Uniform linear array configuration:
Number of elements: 8
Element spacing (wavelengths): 0.5
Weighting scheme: binomial
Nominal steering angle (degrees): -30
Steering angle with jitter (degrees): -29.039
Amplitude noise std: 0.05
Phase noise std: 0.05

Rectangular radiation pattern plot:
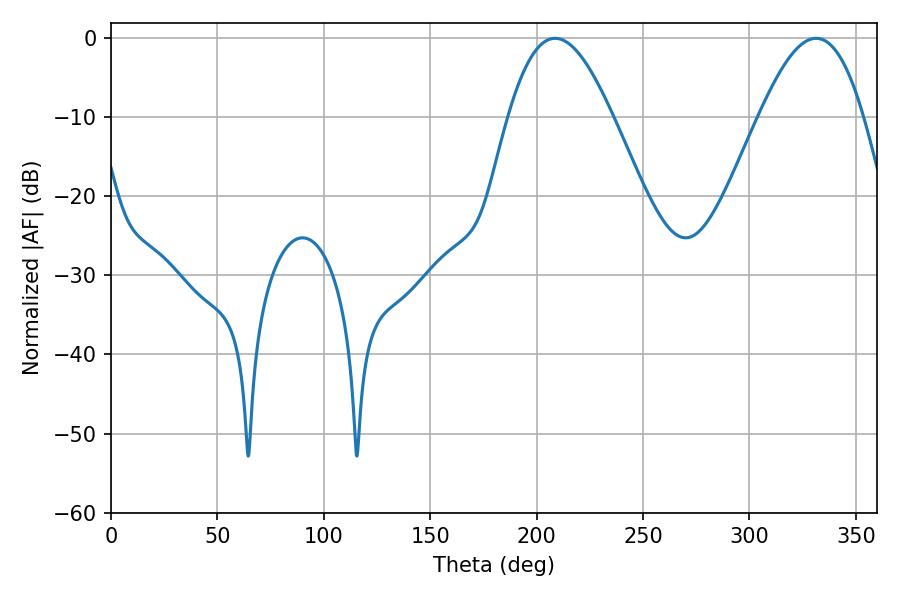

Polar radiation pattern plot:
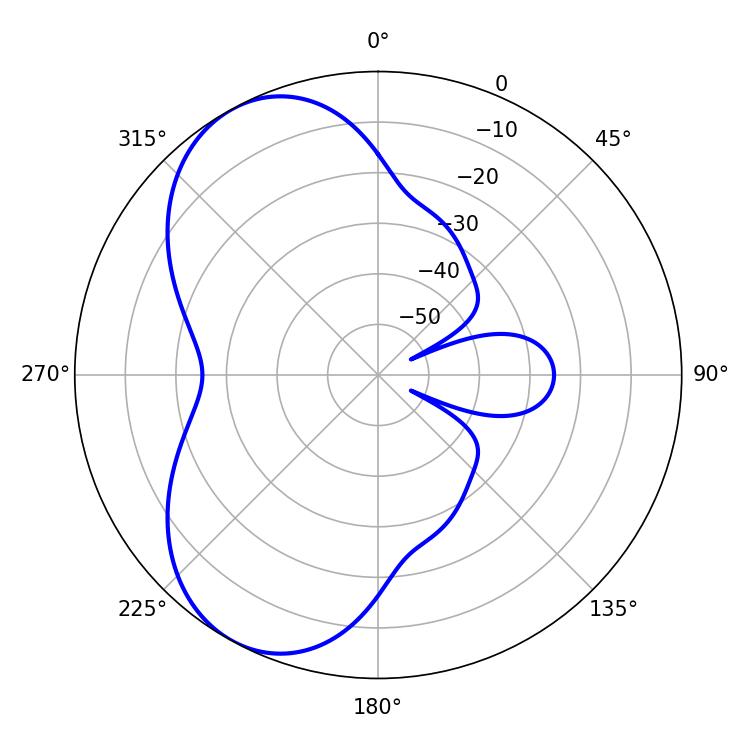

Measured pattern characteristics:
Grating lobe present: FALSE
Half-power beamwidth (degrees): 26.46
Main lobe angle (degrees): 208.62